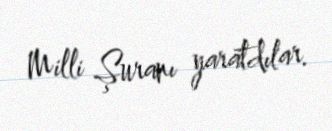
Milli Şuranı yaratdılar.